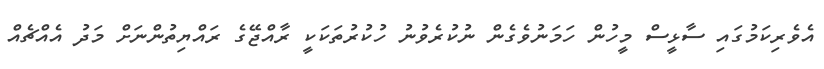
އެވެރިކަމުގައި ސާޅީސް މީހުން ހަމަނުވެގެން ނުކުރެވުނު ހުކުރުތަކަކީ ރާއްޖޭގެ ރައްޔިތުންނަށް މަދު އެއްޗެއް